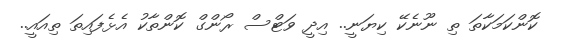
ކޮންކަމަކާތަ ތި ނޫނެކޭ ކިޔަނީ.. އިދީ ވަޓްސް ރޯންގް ކޮންތާކު އެޅެފައިތަ ތިއައީ..